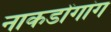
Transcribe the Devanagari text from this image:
नाकडोंगांग